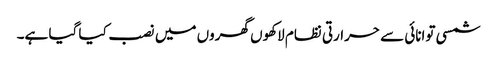
شمسی توانائی سے حرارتی نظام لاکھوں گھروں میں نصب کیا گیا ہے۔